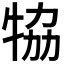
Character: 𤙒